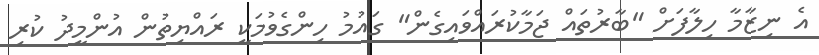
އެ ނިޒާމާ ހިލާފަށް "ބާރުތައް ޖަމާކުރައްވައިގެން" ގައުމު ހިންގެވުމަކީ ރައްޔިތުން އުންމީދު ކުރި